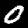
Digit: 0